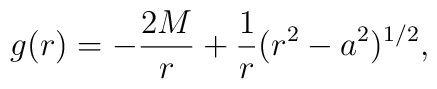
g(r)=- {2M\over r} + {1 \over r} (r^{2} - a^{2})^{1/2},